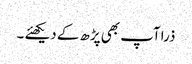
ذرا آپ بھی پڑھ کے دیکھئے ۔